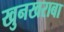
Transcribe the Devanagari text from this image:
खुनखराबा